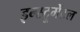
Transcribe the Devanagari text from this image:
इन्स्ट्रूमेंटल